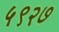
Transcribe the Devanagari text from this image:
५९२७